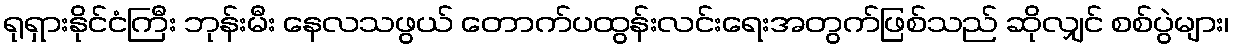
ရုရှားနိုင်ငံကြီး ဘုန်းမီး နေလသဖွယ် တောက်ပထွန်းလင်းရေးအတွက်ဖြစ်သည် ဆိုလျှင် စစ်ပွဲများ၊